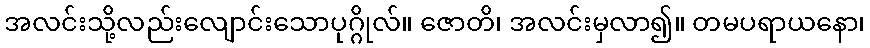
အလင်းသို့လည်းလျောင်းသောပုဂ္ဂိုလ်။ ဇောတိ၊ အလင်းမှလာ၍။ တမပရာယနော၊